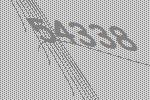
54338